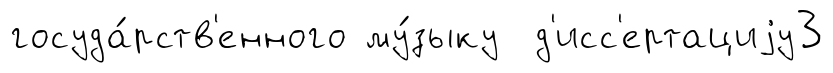
госуда́рств'енного му́зыку д'исс'ертациjу3